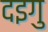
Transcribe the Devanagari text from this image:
दइगु